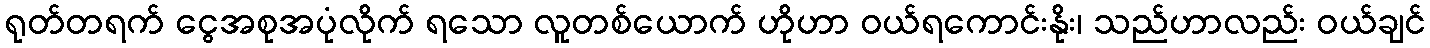
ရုတ်တရက် ငွေအစုအပုံလိုက် ရသော လူတစ်ယောက် ဟိုဟာ ဝယ်ရကောင်းနိုး၊ သည်ဟာလည်း ဝယ်ချင်